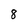
Character: 8